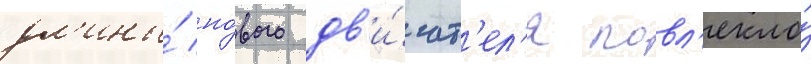
дл'ины́ но́вого дв'и́гат'ел'я повл'екло́